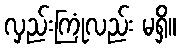
လှည်းကြုံလည်း မရှိ။